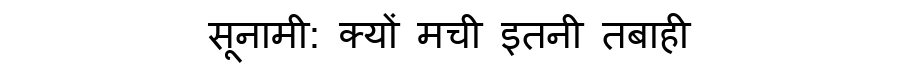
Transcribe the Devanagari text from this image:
सूनामी: क्यों मची इतनी तबाही